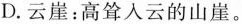
D.云崖：高耸入云的山崖。